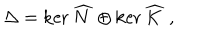
LaTeX: \Delta = \ker \widehat { N } \oplus \ker \widehat { K } ~ ,